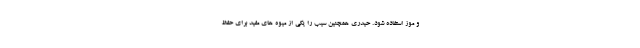
و موز استفاده شود. حیدری همچنین سیب را یکی از میوه های مفید برای حفظ